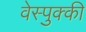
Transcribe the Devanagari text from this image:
वेस्पुक्की